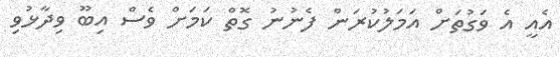
އެއީ އެ ވަގުތަަށް އަމަލުކުރަން ފެނުނު ގޮތް ކަމަށް ވެސް އިބޫ ވިދާޅުވި